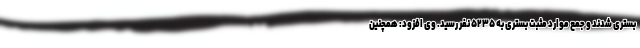
بستری شدند و جمع موارد مثبت بستری به ۵۲۳۵ نفر رسید. وی افزود: همچنین